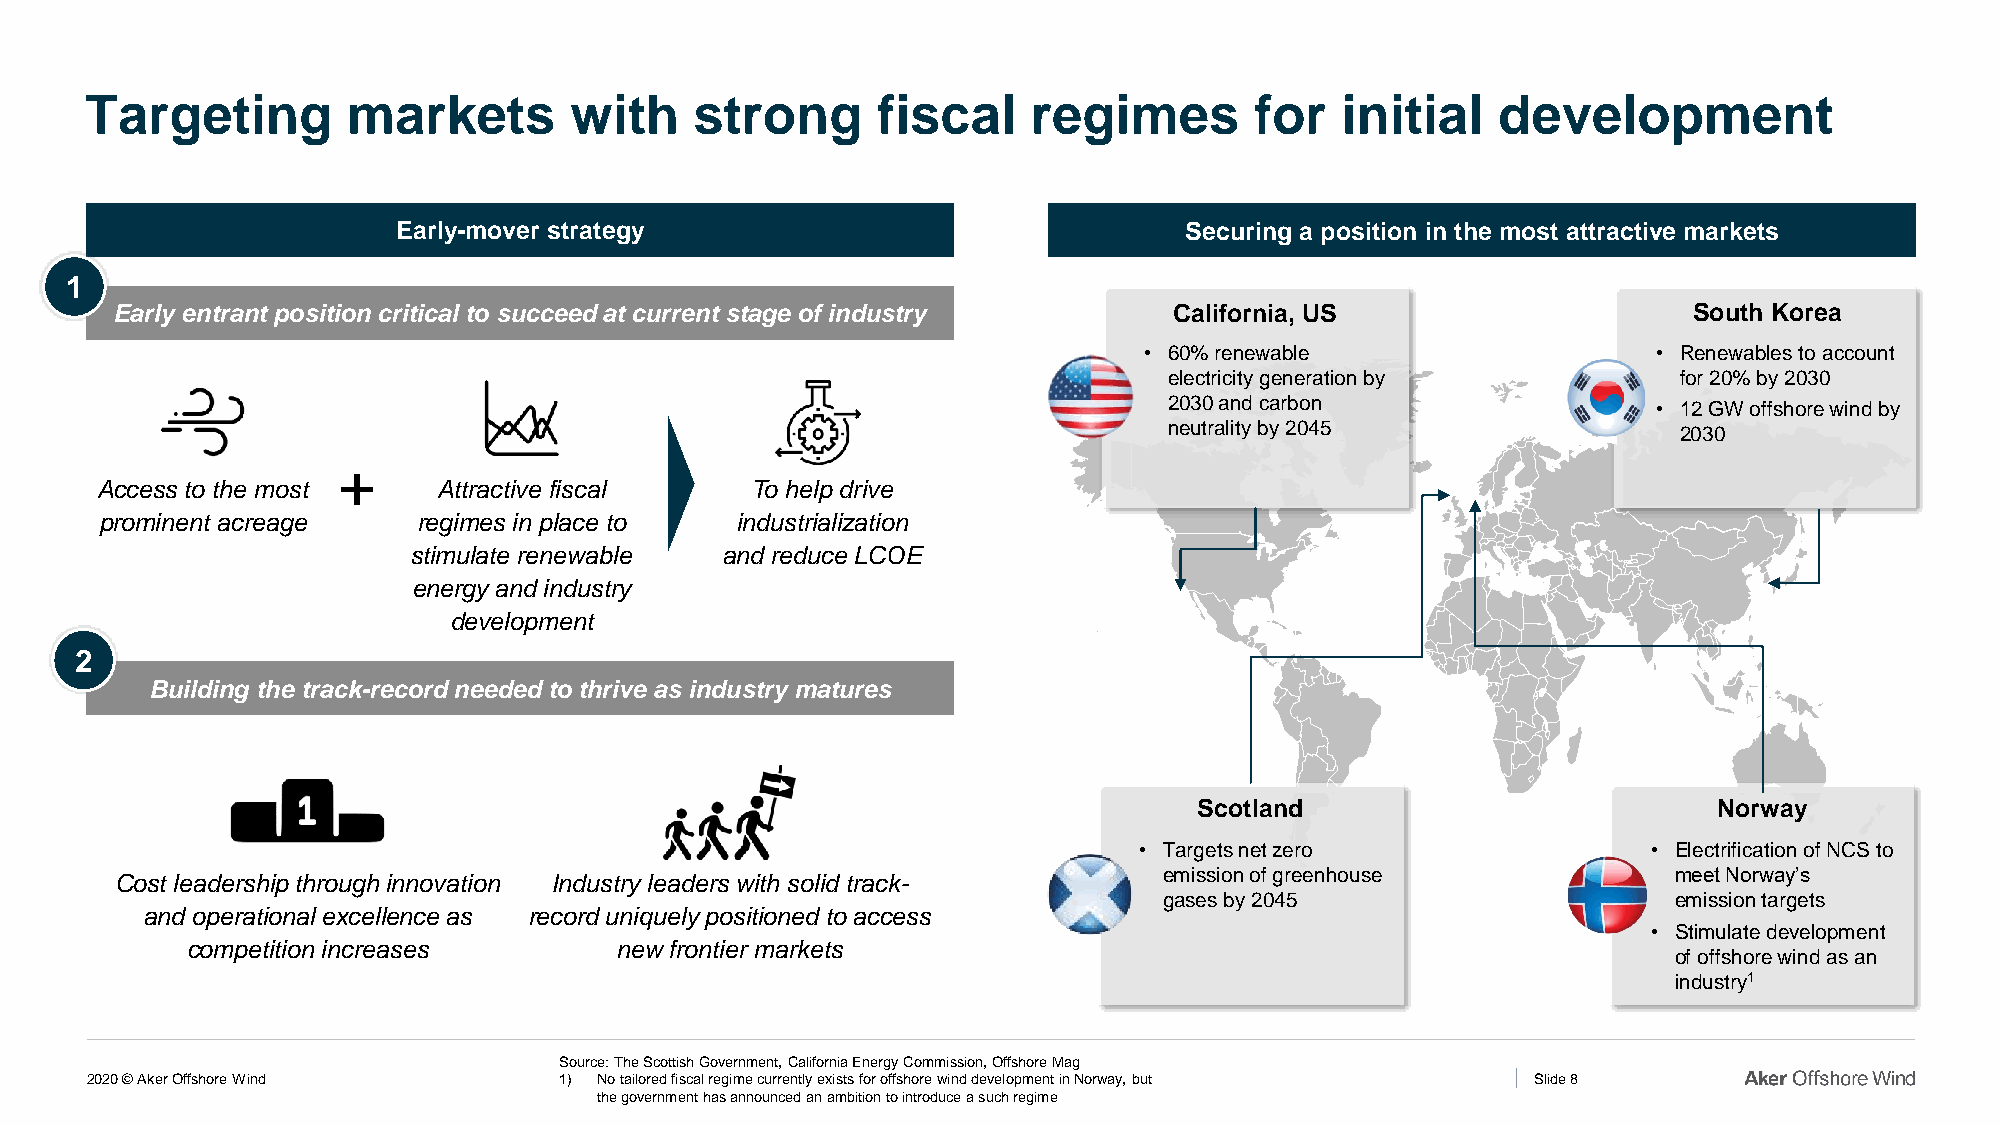
Targeting        markets        with    strong      fiscal    regimes        for   initial   development
 Early-mover strategy                                Securing a position in the most attractive markets
 1
 Early entrant position critical to succeed at current stage of industry California, US                  South Korea
 • 60% renewable                   • Renewables to account
 electricity generation by         for 20% by 2030
 2030 and carbon                  • 12 GW offshore wind by
 neutrality by 2045                2030
 +
 Access to the most     Attractive fiscal    To help drive
 prominent acreage    regimes in place to  industrialization
 stimulate renewable  and reduce LCOE
 energy and industry
 development
 2
 Building the track-record needed to thrive as industry matures
 Scotland                           Norway
 • Targets net zero                • Electrification of NCS to
 emission of greenhouse            meet Norway’s
 Cost leadership through innovation Industry leaders with solid track-
 gases by 2045                     emission targets
 and operational excellence as record uniquely positioned to access
 • Stimulate development
 competition increases        new frontier markets
 of offshore wind as an
 industry1
 Source: The Scottish Government, California Energy Commission, Offshore Mag
 2020 © Aker Offshore Wind      1) No tailored fiscal regime currently exists for offshore wind development in Norway, but Slide 8
 the government has announced an ambition to introduce a such regime